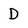
Character: D